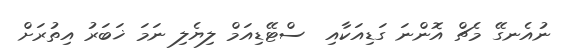
ނުއެނގޭ މެޗް އޮންނަ ގަޑިއަކާއި  ސްޓޭޑިއަމް ލިޔެލި ނަމަ ޚަބަރު އިތުރަށް